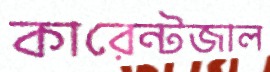
কারেন্টজাল